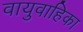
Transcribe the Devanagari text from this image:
वायुवाहिका